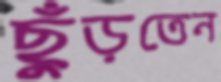
ছুঁড়তেন